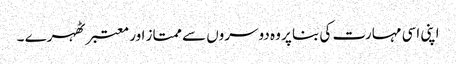
اپنی اسی مہارت کی بنا پر وہ دوسروں سے ممتاز اور معتبر ٹھہرے ۔